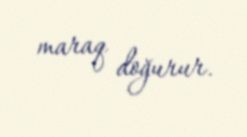
maraq doğurur.